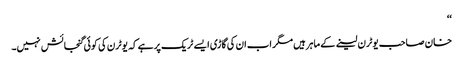
‘‘
خان صاحب یوٹرن لینے کے ماہر ہیں مگر اب ان کی گاڑی ایسے ٹریک پر ہے کہ یوٹرن کی کوئی گنجائش نہیں۔